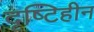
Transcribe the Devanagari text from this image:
दृष्‍टिहीन